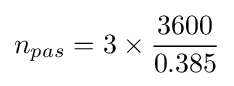
n_{pas}={3}\times {\frac {3600}{0.385}}